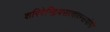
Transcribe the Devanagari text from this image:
शरिरेन्द्रियसत्वात्म्सयोगो